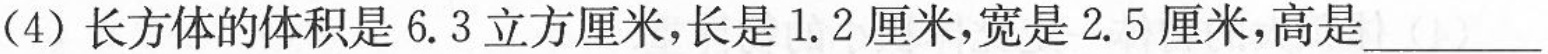
(4)长方体的体积是6.3立方厘米，长是1.2厘米，宽是2.5厘米，高是___